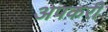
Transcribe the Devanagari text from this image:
अपकरी